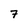
Character: 7